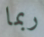
ربما